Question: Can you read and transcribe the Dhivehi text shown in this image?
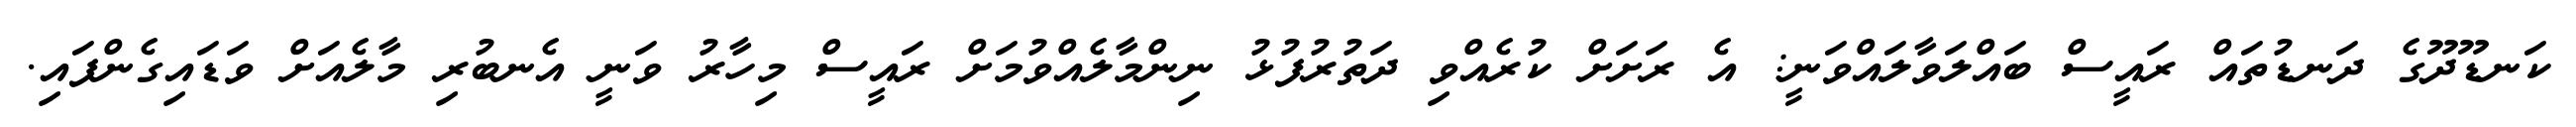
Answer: ކަނޑޫދޫގެ ދަނޑުތައް ރައީސް ބައްލަވާލައްވަނީ: އެ ރަށަށް ކުރެއްވި ދަތުރުފުޅު ނިންމާލެއްވުމަށް ރައީސް މިހާރު ވަނީ އެނބުރި މާލެއަށް ވަޑައިގެންފައި.